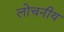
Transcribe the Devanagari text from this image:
लोचनीय